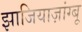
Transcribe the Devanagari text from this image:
झाजियाज़ांग्बू